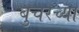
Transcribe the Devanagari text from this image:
बुचरच्या